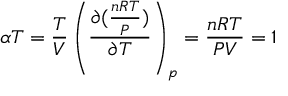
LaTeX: \alpha T = { \frac { T } { V } } \left( { \frac { \partial ( { \frac { n R T } { P } } ) } { \partial T } } \right) _ { p } = { \frac { n R T } { P V } } = 1